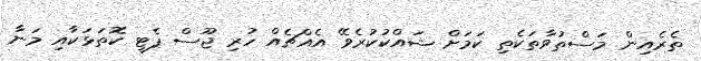
ތެރެއިން މަސްތުވާތަކެތި ކަމަށް ޝައްކުކުރެވޭ އެއްޗެއް ހުރި ޖޫސް ޕެޓީ ކޮތަޅަކާއި މަނާ